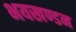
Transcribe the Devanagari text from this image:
भयखण्डन